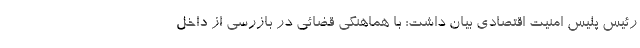
رئیس پلیس امنیت اقتصادی بیان داشت: با هماهنگی قضائی در بازرسی از داخل